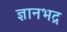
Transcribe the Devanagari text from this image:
ज्ञानभद्र